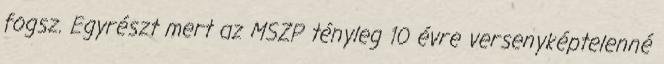
fogsz. Egyrészt mert az MSZP tényleg 10 évre versenyképtelenné